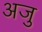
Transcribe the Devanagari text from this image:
अजु